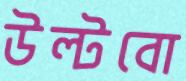
উল্‌টবো